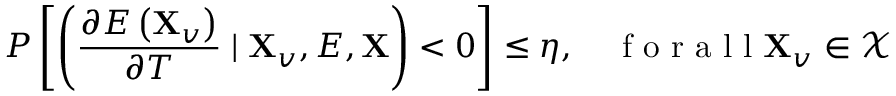
P \left[ \left( \frac { \partial E \left( \mathbf { X } _ { v } \right) } { \partial T } \mid \mathbf { X } _ { v } , E , \mathbf { X } \right) < 0 \right] \leq \eta , \quad \mathrm { ~ f ~ o ~ r ~ a ~ l ~ l ~ } \mathbf { X } _ { v } \in \mathcal { X }